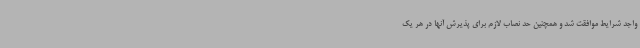
واجد شرایط موافقت شد و همچنین حد نصاب لازم برای پذیرش آنها در هر یک